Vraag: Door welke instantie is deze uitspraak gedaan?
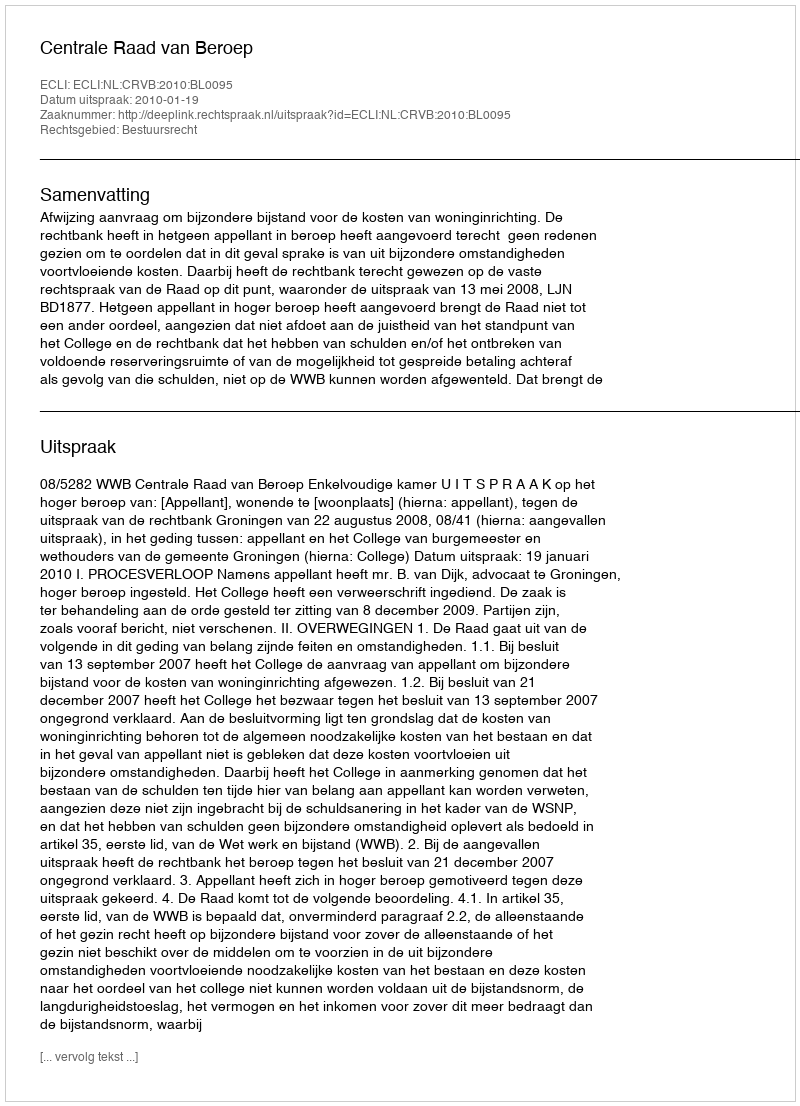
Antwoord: Centrale Raad van Beroep